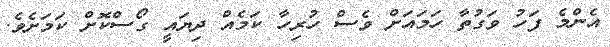
އެންމެ ފަހު ވަގުތާ ހަމައަށް ވެސް ހުރިހާ ކަމެއް ދިޔައީ ގޯސްކޮށް ކަމަށެވެ.